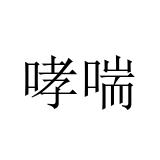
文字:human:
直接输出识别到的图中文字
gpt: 哮喘